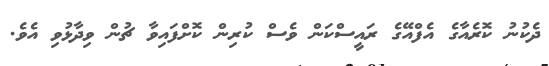
ދެކުނު ކޮރެއާގެ އެފްއޭގެ ރައީސްކަން ވެސް ކުރިން ކޮށްފައިވާ ޗުން ވިދާޅުވި އެވެ.